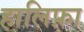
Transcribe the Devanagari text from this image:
हालिफ़ा